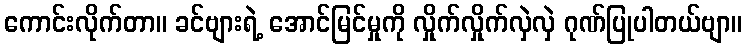
ကောင်းလိုက်တာ။ ခင်ဗျားရဲ့ အောင်မြင်မှုကို လှိုက်လှိုက်လှဲလှဲ ဂုဏ်ပြုပါတယ်ဗျာ။